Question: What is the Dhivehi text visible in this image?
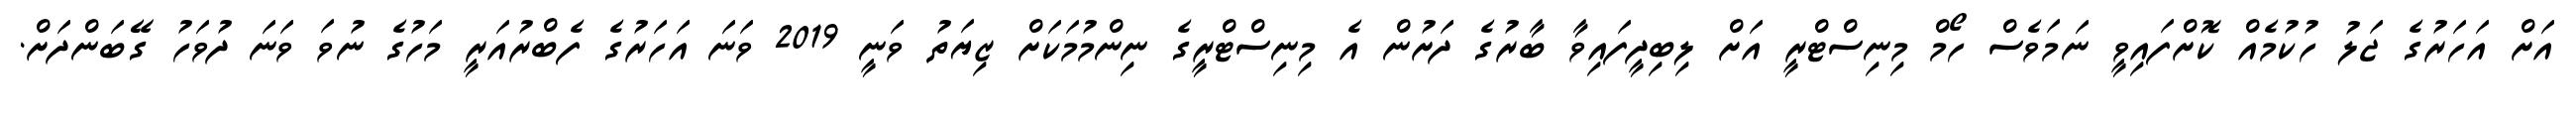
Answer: އަށް އަހަރުގެ ޖަލު ހުކުމެއް ކޮށްފައިވީ ނަމަވެސް ހޯމް މިނިސްޓްރީ އަށް ލިބިދީފައިވާ ބާރުގެ ދަށުން އެ މިނިސްޓްރީގެ ނިންމުމަކަށް ޒިޔަތު ވަނީ 2019 ވަނަ އަހަރުގެ ފެބްރުއަރީ މަހުގެ ނުވަ ވަނަ ދުވަހު ގޭބަންދަށް.